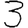
Digit: 3